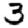
Digit: 3